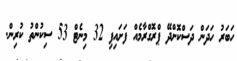
ހަބަރު ހަދަން ދަސްކޮށްދޭ ޕްރޮގްރާމެއް ފަށައިފި 32 މިނެޓް 53 ސިކުންތު ކުރިން.